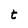
Character: t